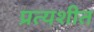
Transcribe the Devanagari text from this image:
प्रत्यशीत